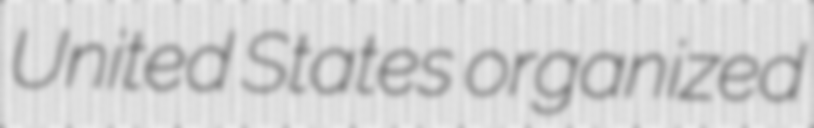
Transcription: United States organized